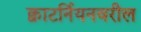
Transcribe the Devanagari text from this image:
क्वाटर्नियनवरील